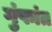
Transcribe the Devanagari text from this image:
गुंफांत